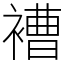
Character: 褿